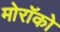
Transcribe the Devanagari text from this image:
मोरॉको